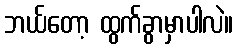
ဘယ်တော့ ထွက်ခွာမှာပါလဲ။